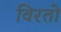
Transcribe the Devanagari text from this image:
विरतो